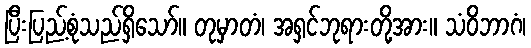
ပြီးပြည့်စုံသည်ရှိသော်။ တုမှာတံ၊ အရှင်ဘုရားတို့အား။ သံဝိဘာဂံ၊